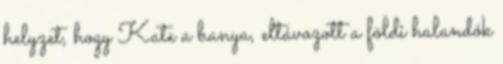
helyzet, hogy Kate a banya, eltávozott a földi halandók